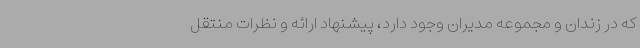
که در زندان و مجموعه مدیران وجود دارد، پیشنهاد ارائه و نظرات منتقل